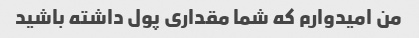
من امیدوارم که شما مقداری پول داشته باشید